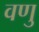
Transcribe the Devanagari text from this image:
वणु